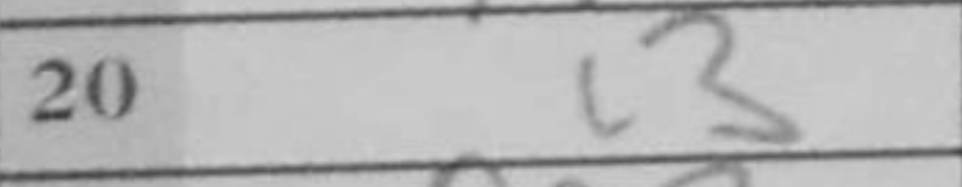
Transcription: c3